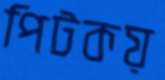
পিটকয়